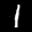
Label: 1